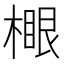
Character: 𣙧